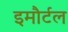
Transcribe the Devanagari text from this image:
इमौर्टल